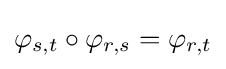
\varphi _{s,t}\circ \varphi _{r,s}=\varphi _{r,t}